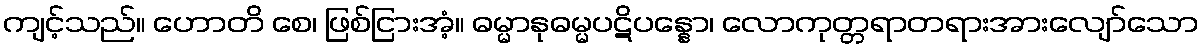
ကျင့်သည်။ ဟောတိ စေ၊ ဖြစ်ငြားအံ့။ ဓမ္မာနုဓမ္မပဋိပန္နော၊ လောကုတ္တရာတရားအားလျော်သော